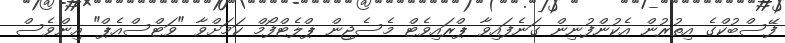
ފޭސްބުކްގެ އިތުރުން އެކުންފުނިން ގަނެފައިވާ ޕްރައިވެޓް މެސެޖިން ޕްލެޓްފޯމް ކަމަށްވާ "ވަޓްސްއެޕް" އިންވެސް